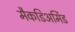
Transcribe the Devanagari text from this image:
मैकडिअर्मिड